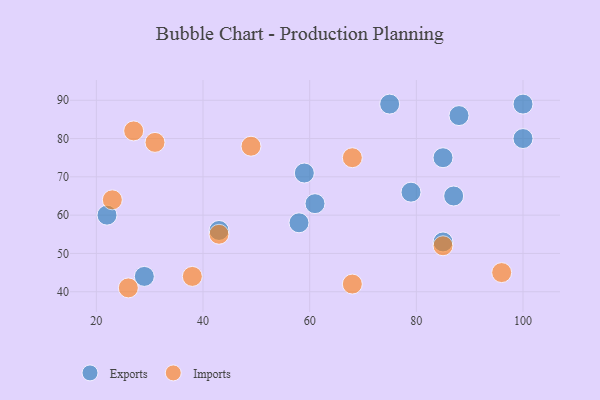
{"axis": {"x": "GDP", "y": "Life Expectancy"}, "legend": ["Exports", "Imports"], "data": [{"x": "43", "y": 56, "type": "Exports"}, {"x": "87", "y": 65, "type": "Exports"}, {"x": "59", "y": 71, "type": "Exports"}, {"x": "58", "y": 58, "type": "Exports"}, {"x": "61", "y": 63, "type": "Exports"}, {"x": "100", "y": 89, "type": "Exports"}, {"x": "88", "y": 86, "type": "Exports"}, {"x": "75", "y": 89, "type": "Exports"}, {"x": "22", "y": 60, "type": "Exports"}, {"x": "29", "y": 44, "type": "Exports"}, {"x": "85", "y": 75, "type": "Exports"}, {"x": "85", "y": 53, "type": "Exports"}, {"x": "79", "y": 66, "type": "Exports"}, {"x": "100", "y": 80, "type": "Exports"}, {"x": "27", "y": 82, "type": "Imports"}, {"x": "85", "y": 52, "type": "Imports"}, {"x": "38", "y": 44, "type": "Imports"}, {"x": "43", "y": 55, "type": "Imports"}, {"x": "68", "y": 75, "type": "Imports"}, {"x": "68", "y": 42, "type": "Imports"}, {"x": "26", "y": 41, "type": "Imports"}, {"x": "49", "y": 78, "type": "Imports"}, {"x": "96", "y": 45, "type": "Imports"}, {"x": "31", "y": 79, "type": "Imports"}, {"x": "23", "y": 64, "type": "Imports"}]}